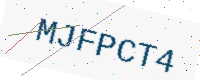
Text: MJFPCT4